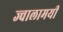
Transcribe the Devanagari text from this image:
ज्‍वालामयी